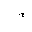
Letter: _ya